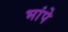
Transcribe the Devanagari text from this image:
भांपे